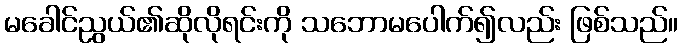
မခေါင်ညွယ်၏ဆိုလိုရင်းကို သဘောမပေါက်၍လည်း ဖြစ်သည်။